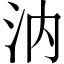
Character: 汭